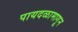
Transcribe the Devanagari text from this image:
पायदळामागून